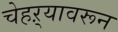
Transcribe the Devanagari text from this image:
चेहऱ्यावरून